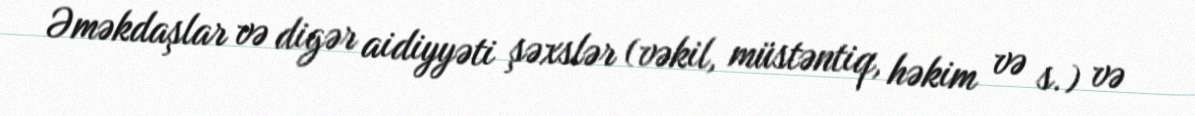
Əməkdaşlar və digər aidiyyəti şəxslər (vəkil, müstəntiq, həkim və s.) və